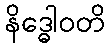
နိဒ္ဓေါဝတိ